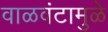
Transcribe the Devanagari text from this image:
वाळवंटामुळे